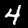
Label: 4